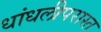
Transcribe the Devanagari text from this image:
धांधलीपरास्त